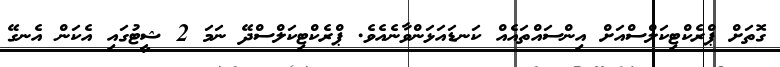
ގޮތަށް ޕްރެކްޓިކަލްސްއަށް އިންސައްތައެއް ކަނޑައަޅަންވާނެއެވެ. ޕްރެކްޓިކަލްސްދޭ ނަމަ 2 ޝީޓުގައި އެކަން އެނގޭ